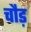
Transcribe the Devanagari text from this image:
चौड़